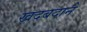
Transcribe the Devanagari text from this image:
खदबदाने